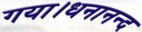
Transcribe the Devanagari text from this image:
गया।धनानन्द